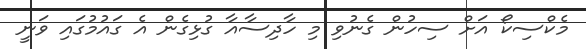
މެކްސިކޯ އަށް ސިހުން ގެނުވި މި ހާދިސާއާ ގުޅިގެން އެ ގައުމުގައި ވަނީ